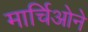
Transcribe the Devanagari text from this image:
मार्चिओने